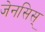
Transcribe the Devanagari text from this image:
जेनसिस्